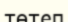
төтеп